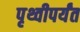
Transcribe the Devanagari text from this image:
पृथ्वीपर्यंत